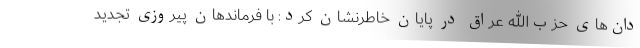
دان‌های حزب‌الله عراق در پایان خاطرنشان کرد: با فرماندهان پیروزی تجدید